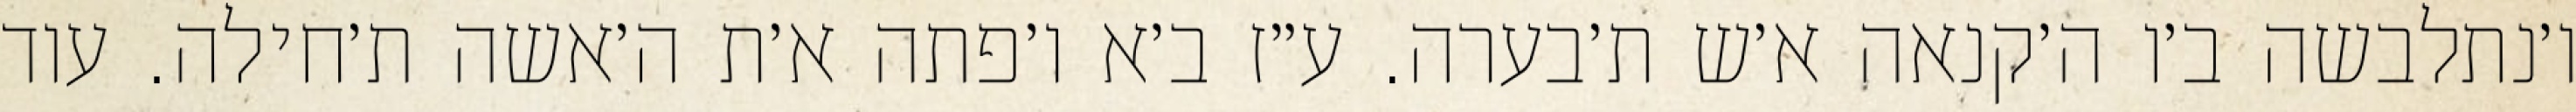
ו׳נתלבשה ב׳ו ה׳קנאה א׳ש ת׳בערה. ע״ז ב׳א ו׳פתה א׳ת ה׳אשה ת׳חילה. עוד